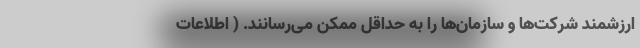
ارزشمند شرکت‌ها و سازمان‌ها را به حداقل ممکن می‌رسانند. ( اطلاعات